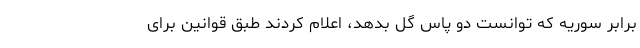
برابر سوریه که توانست دو پاس گل بدهد، اعلام کردند طبق قوانین برای